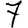
Digit: 7